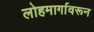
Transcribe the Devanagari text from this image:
लोहमार्गावरून